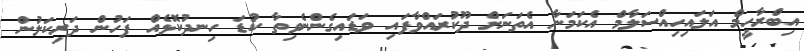
އިބްރާހީމް އަލައިހިއްސަލާމް އެކަމަނާ އެތަނަށް ދޫކުރައްވާފައި ވަޑައިގެންނެވިތާ ކުޑަ ހިނދުކޮޅެއް ފަހުން ދަރިކަލުން